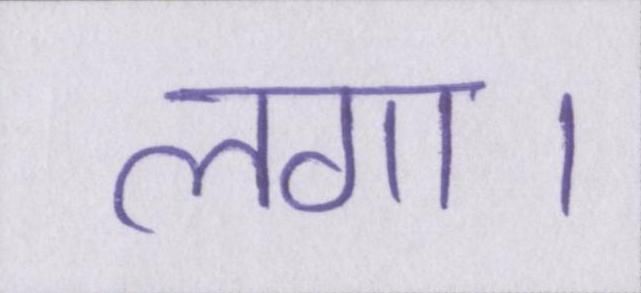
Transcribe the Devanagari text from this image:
लगा।